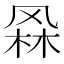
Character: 𭪫